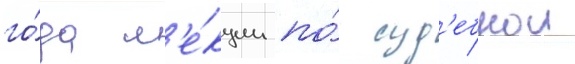
го́да л'е́кции по́ суд'ебнои